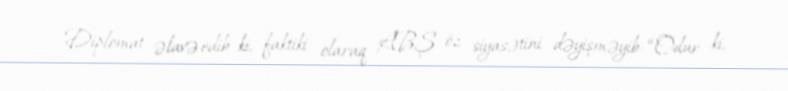
Diplomat əlavə edib ki, faktiki olaraq ABŞ öz siyasətini dəyişməyib: “Odur ki,